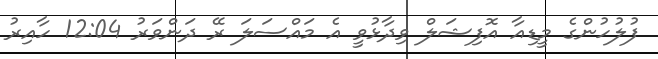
ފުލުހުންގެ މީޑިއާ އޮފިޝަލް ވިދާޅުވީ އެ މައްސަލަ ރޭ ދަންވަރު 12:04 ހާއިރު